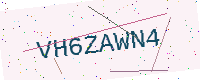
Text: VH6ZAWN4